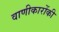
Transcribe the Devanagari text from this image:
वाणीकारोंकी